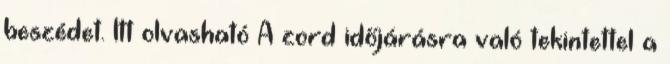
beszédet. Itt olvasható A zord időjárásra való tekintettel a